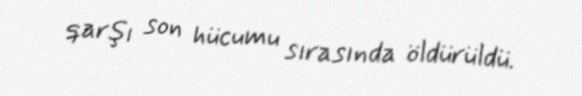
qarşı son hücumu sırasında öldürüldü.